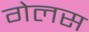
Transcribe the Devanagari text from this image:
गेलस